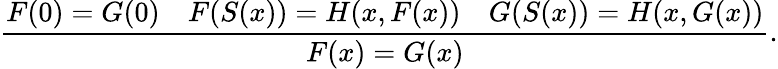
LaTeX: {\frac{F(0)=G(0)\quad F(S(x))=H(x,F(x))\quad G(S(x))=H(x,G(x))}{F(x)=G(x)}}.